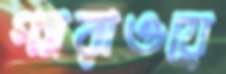
গ্যারাওয়ে